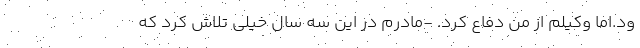
ود.اما وکیلم از من دفاع کرد. -مادرم در این سه سال خیلی تلاش کرد که